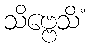
သိဗ္ဗေသိံ